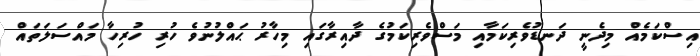
އިސްކަމެއް މިދެނީ ދަނޑުވެރިކަމާއި މަސްވެރިކަމުގެ ދާއިރާގައި މިހާރު ޙައްލުނުވެ ހުރި ހުރިހާ މައްސަލަތައް